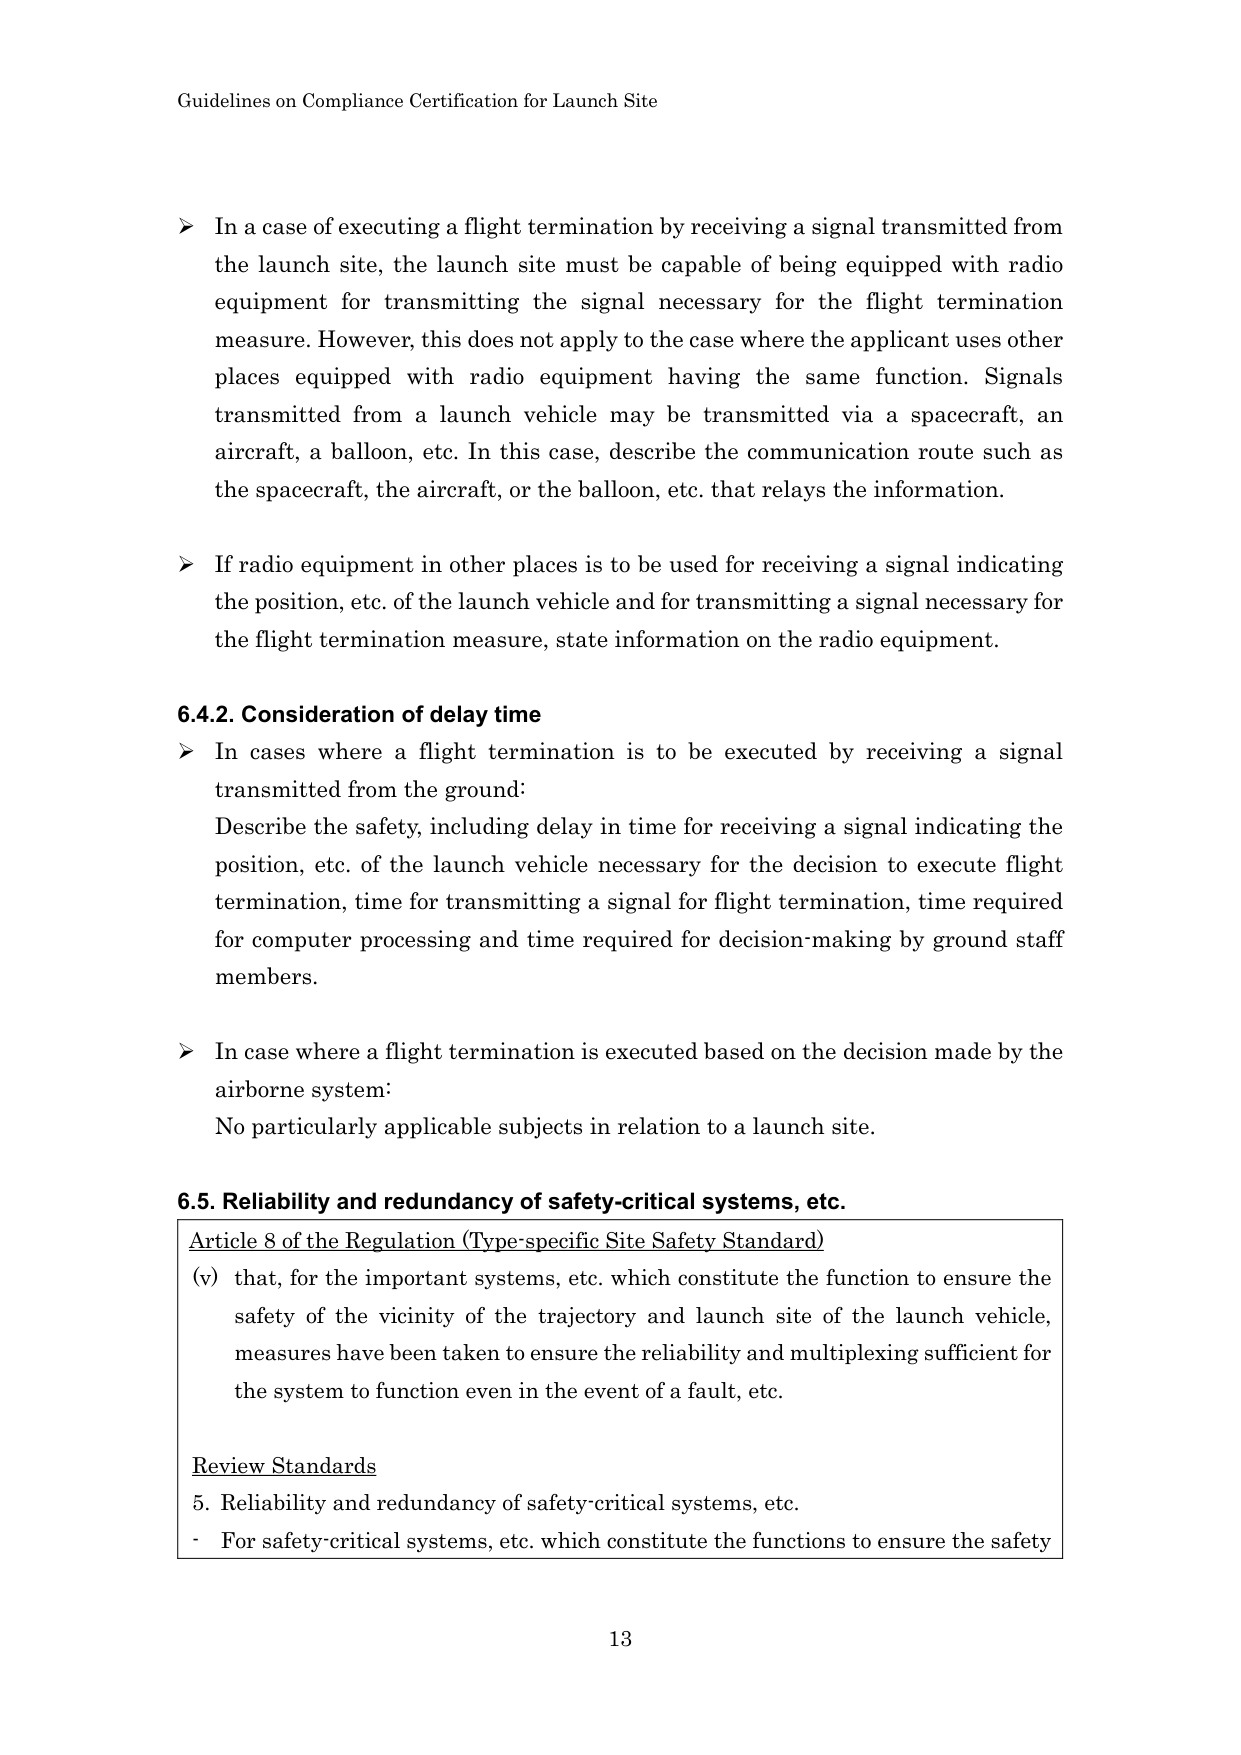
Guidelines on Compliance Certification for Launch Site

➤ In a case of executing a flight termination by receiving a signal transmitted from the launch site, the launch site must be capable of being equipped with radio equipment for transmitting the signal necessary for the flight termination measure. However, this does not apply to the case where the applicant uses other places equipped with radio equipment having the same function. Signals transmitted from a launch vehicle may be transmitted via a spacecraft, an aircraft, a balloon, etc. In this case, describe the communication route such as the spacecraft, the aircraft, or the balloon, etc. that relays the information.

➤ If radio equipment in other places is to be used for receiving a signal indicating the position, etc. of the launch vehicle and for transmitting a signal necessary for the flight termination measure, state information on the radio equipment.

6.4.2. Consideration of delay time
➤ In cases where a flight termination is to be executed by receiving a signal transmitted from the ground:
Describe the safety, including delay in time for receiving a signal indicating the position, etc. of the launch vehicle necessary for the decision to execute flight termination, time for transmitting a signal for flight termination, time required for computer processing and time required for decision-making by ground staff members.

➤ In case where a flight termination is executed based on the decision made by the airborne system:
No particularly applicable subjects in relation to a launch site.

6.5. Reliability and redundancy of safety-critical systems, etc.
Article 8 of the Regulation (Type-specific Site Safety Standard)
(v) that, for the important systems, etc. which constitute the function to ensure the safety of the vicinity of the trajectory and launch site of the launch vehicle, measures have been taken to ensure the reliability and multiplexing sufficient for the system to function even in the event of a fault, etc.

Review Standards
5. Reliability and redundancy of safety-critical systems, etc.
- For safety-critical systems, etc. which constitute the functions to ensure the safety

13